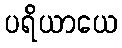
ပရိယာယေ